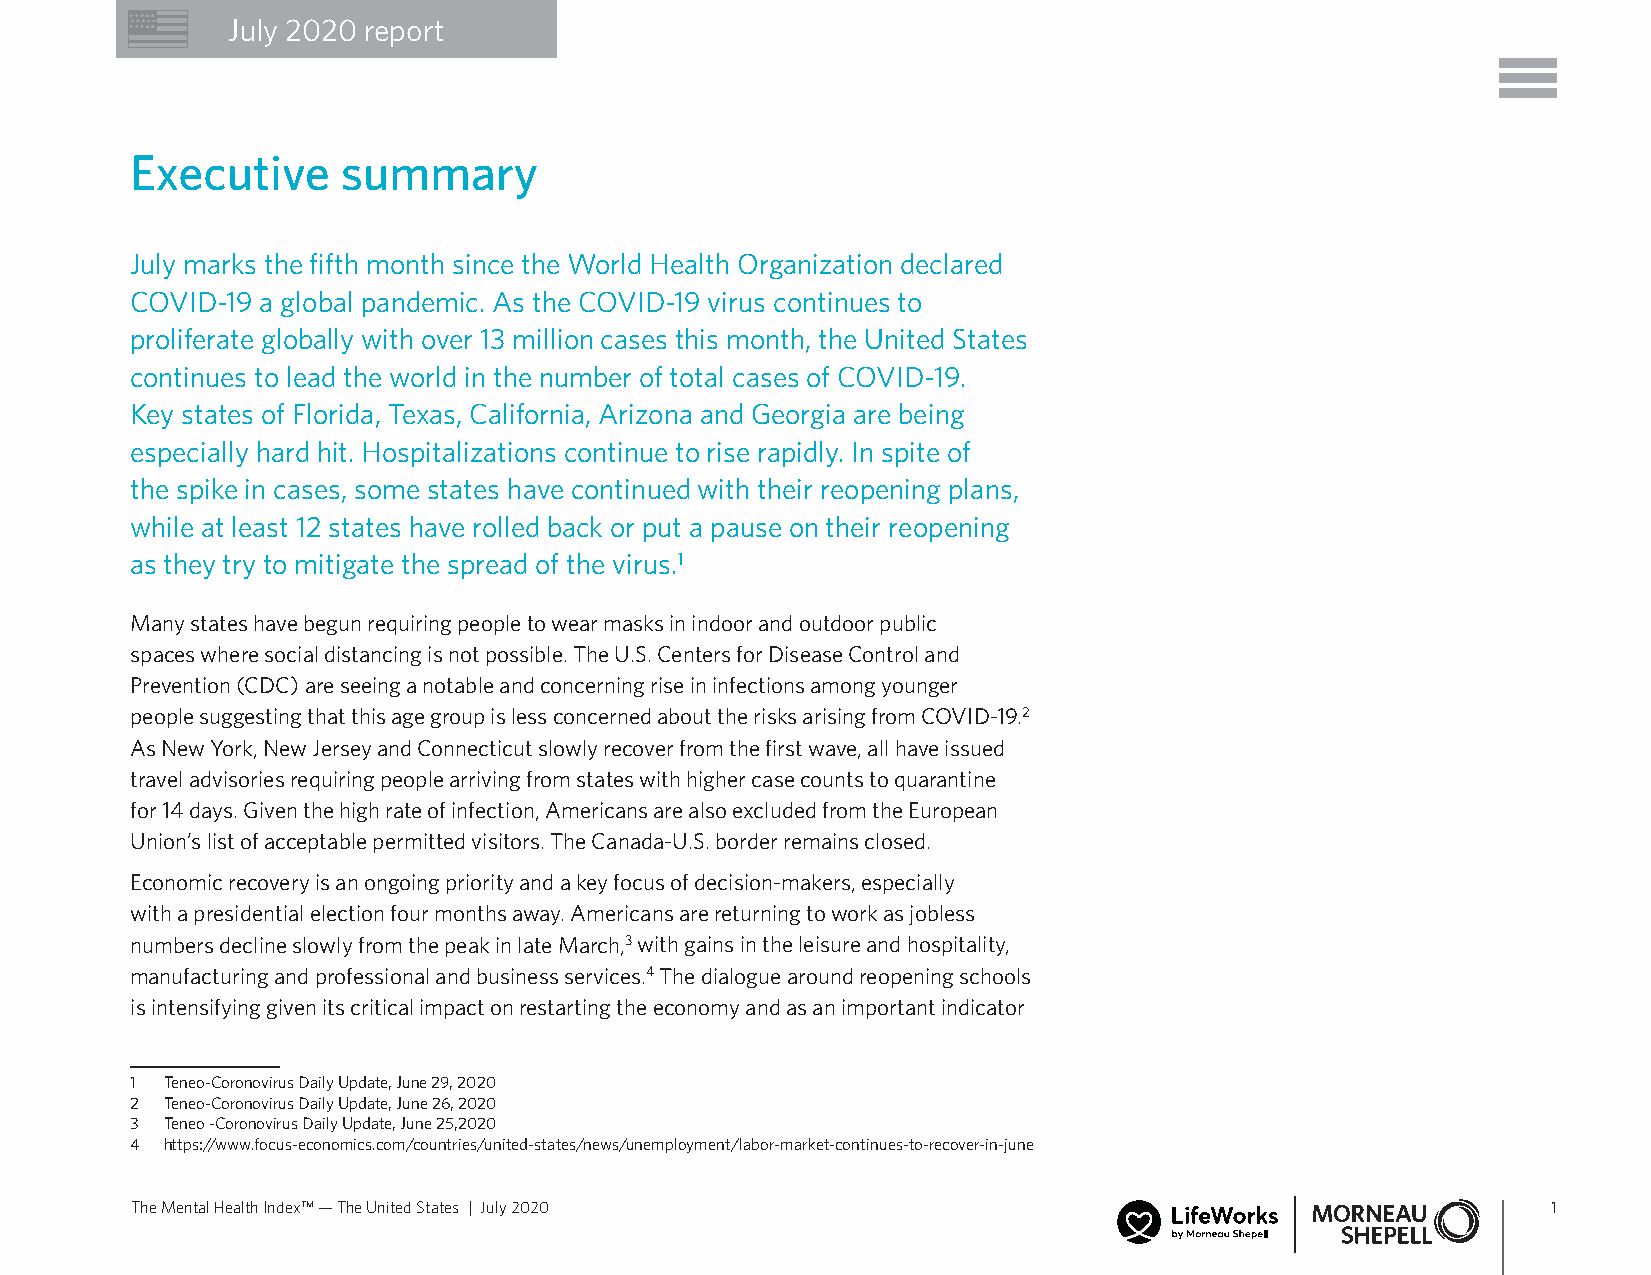
July 2020 report
 Executive     summary
 July marks the fifth month since the World Health Organization declared
 COVID-19 a global pandemic. As the COVID-19 virus continues to
 proliferate globally with over 13 million cases this month, the United States
 continues to lead the world in the number of total cases of COVID-19.
 Key states of Florida, Texas, California, Arizona and Georgia are being
 especially hard hit. Hospitalizations continue to rise rapidly. In spite of
 the spike in cases, some states have continued with their reopening plans,
 while at least 12 states have rolled back or put a pause on their reopening
 as they try to mitigate the spread of the virus.1
 Many states have begun requiring people to wear masks in indoor and outdoor public
 spaces where social distancing is not possible. The U.S. Centers for Disease Control and
 Prevention (CDC) are seeing a notable and concerning rise in infections among younger
 people suggesting that this age group is less concerned about the risks arising from COVID-19.2
 As New York, New Jersey and Connecticut slowly recover from the first wave, all have issued
 travel advisories requiring people arriving from states with higher case counts to quarantine
 for 14 days. Given the high rate of infection, Americans are also excluded from the European
 Union’s list of acceptable permitted visitors. The Canada-U.S. border remains closed.
 Economic recovery is an ongoing priority and a key focus of decision-makers, especially
 with a presidential election four months away. Americans are returning to work as jobless
 numbers decline slowly from the peak in late March,3 with gains in the leisure and hospitality,
 manufacturing and professional and business services.4 The dialogue around reopening schools
 is intensifying given its critical impact on restarting the economy and as an important indicator
 1 Teneo-Coronovirus Daily Update, June 29, 2020
 2 Teneo-Coronovirus Daily Update, June 26, 2020
 3 Teneo -Coronovirus Daily Update, June 25,2020
 4 https://www.focus-economics.com/countries/united-states/news/unemployment/labor-market-continues-to-recover-in-june
 The Mental Health Index™ — The United States | July 2020                                      1